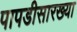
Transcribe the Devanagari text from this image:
पापडीसारख्या